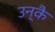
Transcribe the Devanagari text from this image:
उन्कै